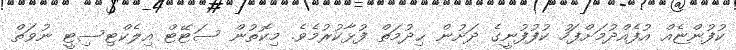
ކުފުންޏެއް އުފެއްދުމަށްފަހު ކުފުފުނީގެ ދަށުން ޙިދުމަތް ފުޅާކުރުމެވެ. މިކޮތުން ސަޓޭޓް އިލެކްޓިސިޓީ ނުވަތް